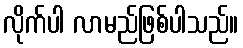
လိုက်ပါ လာမည်ဖြစ်ပါသည်။